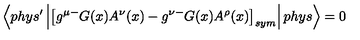
\left\langle p h y s ^ { \prime } \left| \left[ g ^ { \mu - } G ( x ) A ^ { \nu } ( x ) - g ^ { \nu - } G ( x ) A ^ { \rho } ( x ) \right] _ { s y m } \right| p h y s \right\rangle = 0